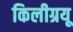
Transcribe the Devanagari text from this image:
किलीग्रयू